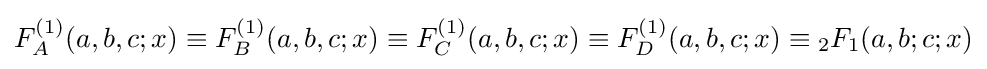
F_{A}^{(1)}(a,b,c;x)\equiv F_{B}^{(1)}(a,b,c;x)\equiv F_{C}^{(1)}(a,b,c;x)\equiv F_{D}^{(1)}(a,b,c;x)\equiv {_{2}}F_{1}(a,b;c;x)